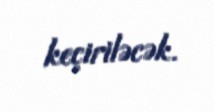
keçiriləcək.